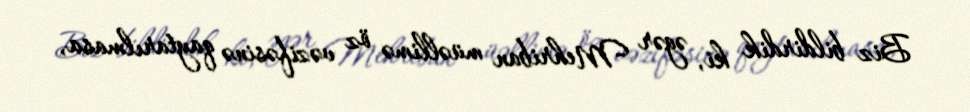
Biz bildirdik ki, əgər Mehriban müəllimə öz vəzifəsinə qaytarılmasa,